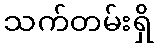
သက်တမ်းရှိ